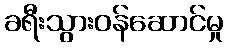
ခရီးသွားဝန်ဆောင်မှု